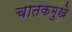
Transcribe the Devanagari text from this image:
चातकमुखे